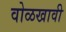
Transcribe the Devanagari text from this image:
वोळखावी